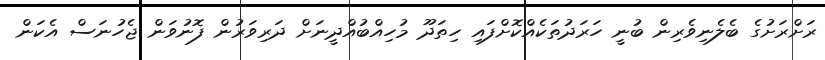
ރަށްރަށުގެ ބެލެނިވެރިން ބުނީ ހަރަދުތަކެއްކޮށްފައި ހިތަދޫ މުހިއްބުއްދީނަށް ދަރިވަރުން ފޮނުވަން ޖެހުނަސް އެކަން